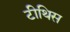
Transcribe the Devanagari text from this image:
टीथिस